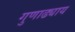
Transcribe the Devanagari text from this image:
गुणाढ्याय